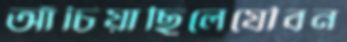
আঁচিয়াছিলেযৌবন